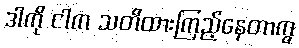
ဒါကို ငါက သတိထားကြည့်နေတာကွ